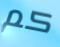
كم